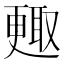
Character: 𣍇